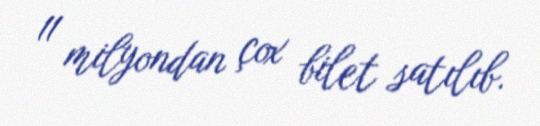
11 milyondan çox bilet satılıb.